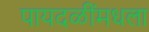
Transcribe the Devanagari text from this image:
पायदळींमधला